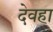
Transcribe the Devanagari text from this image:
देवहा